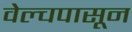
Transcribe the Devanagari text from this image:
वेल्चपासून